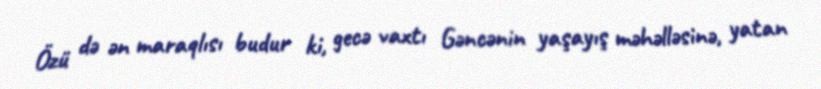
Özü də ən maraqlısı budur ki, gecə vaxtı Gəncənin yaşayış məhəlləsinə, yatan